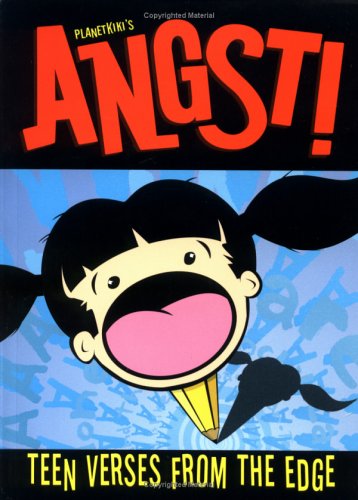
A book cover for Angst!: Teen Verses from the Edge; Matt Frost; Teen & Young Adult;